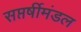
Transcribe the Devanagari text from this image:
सप्तर्षीमंडल